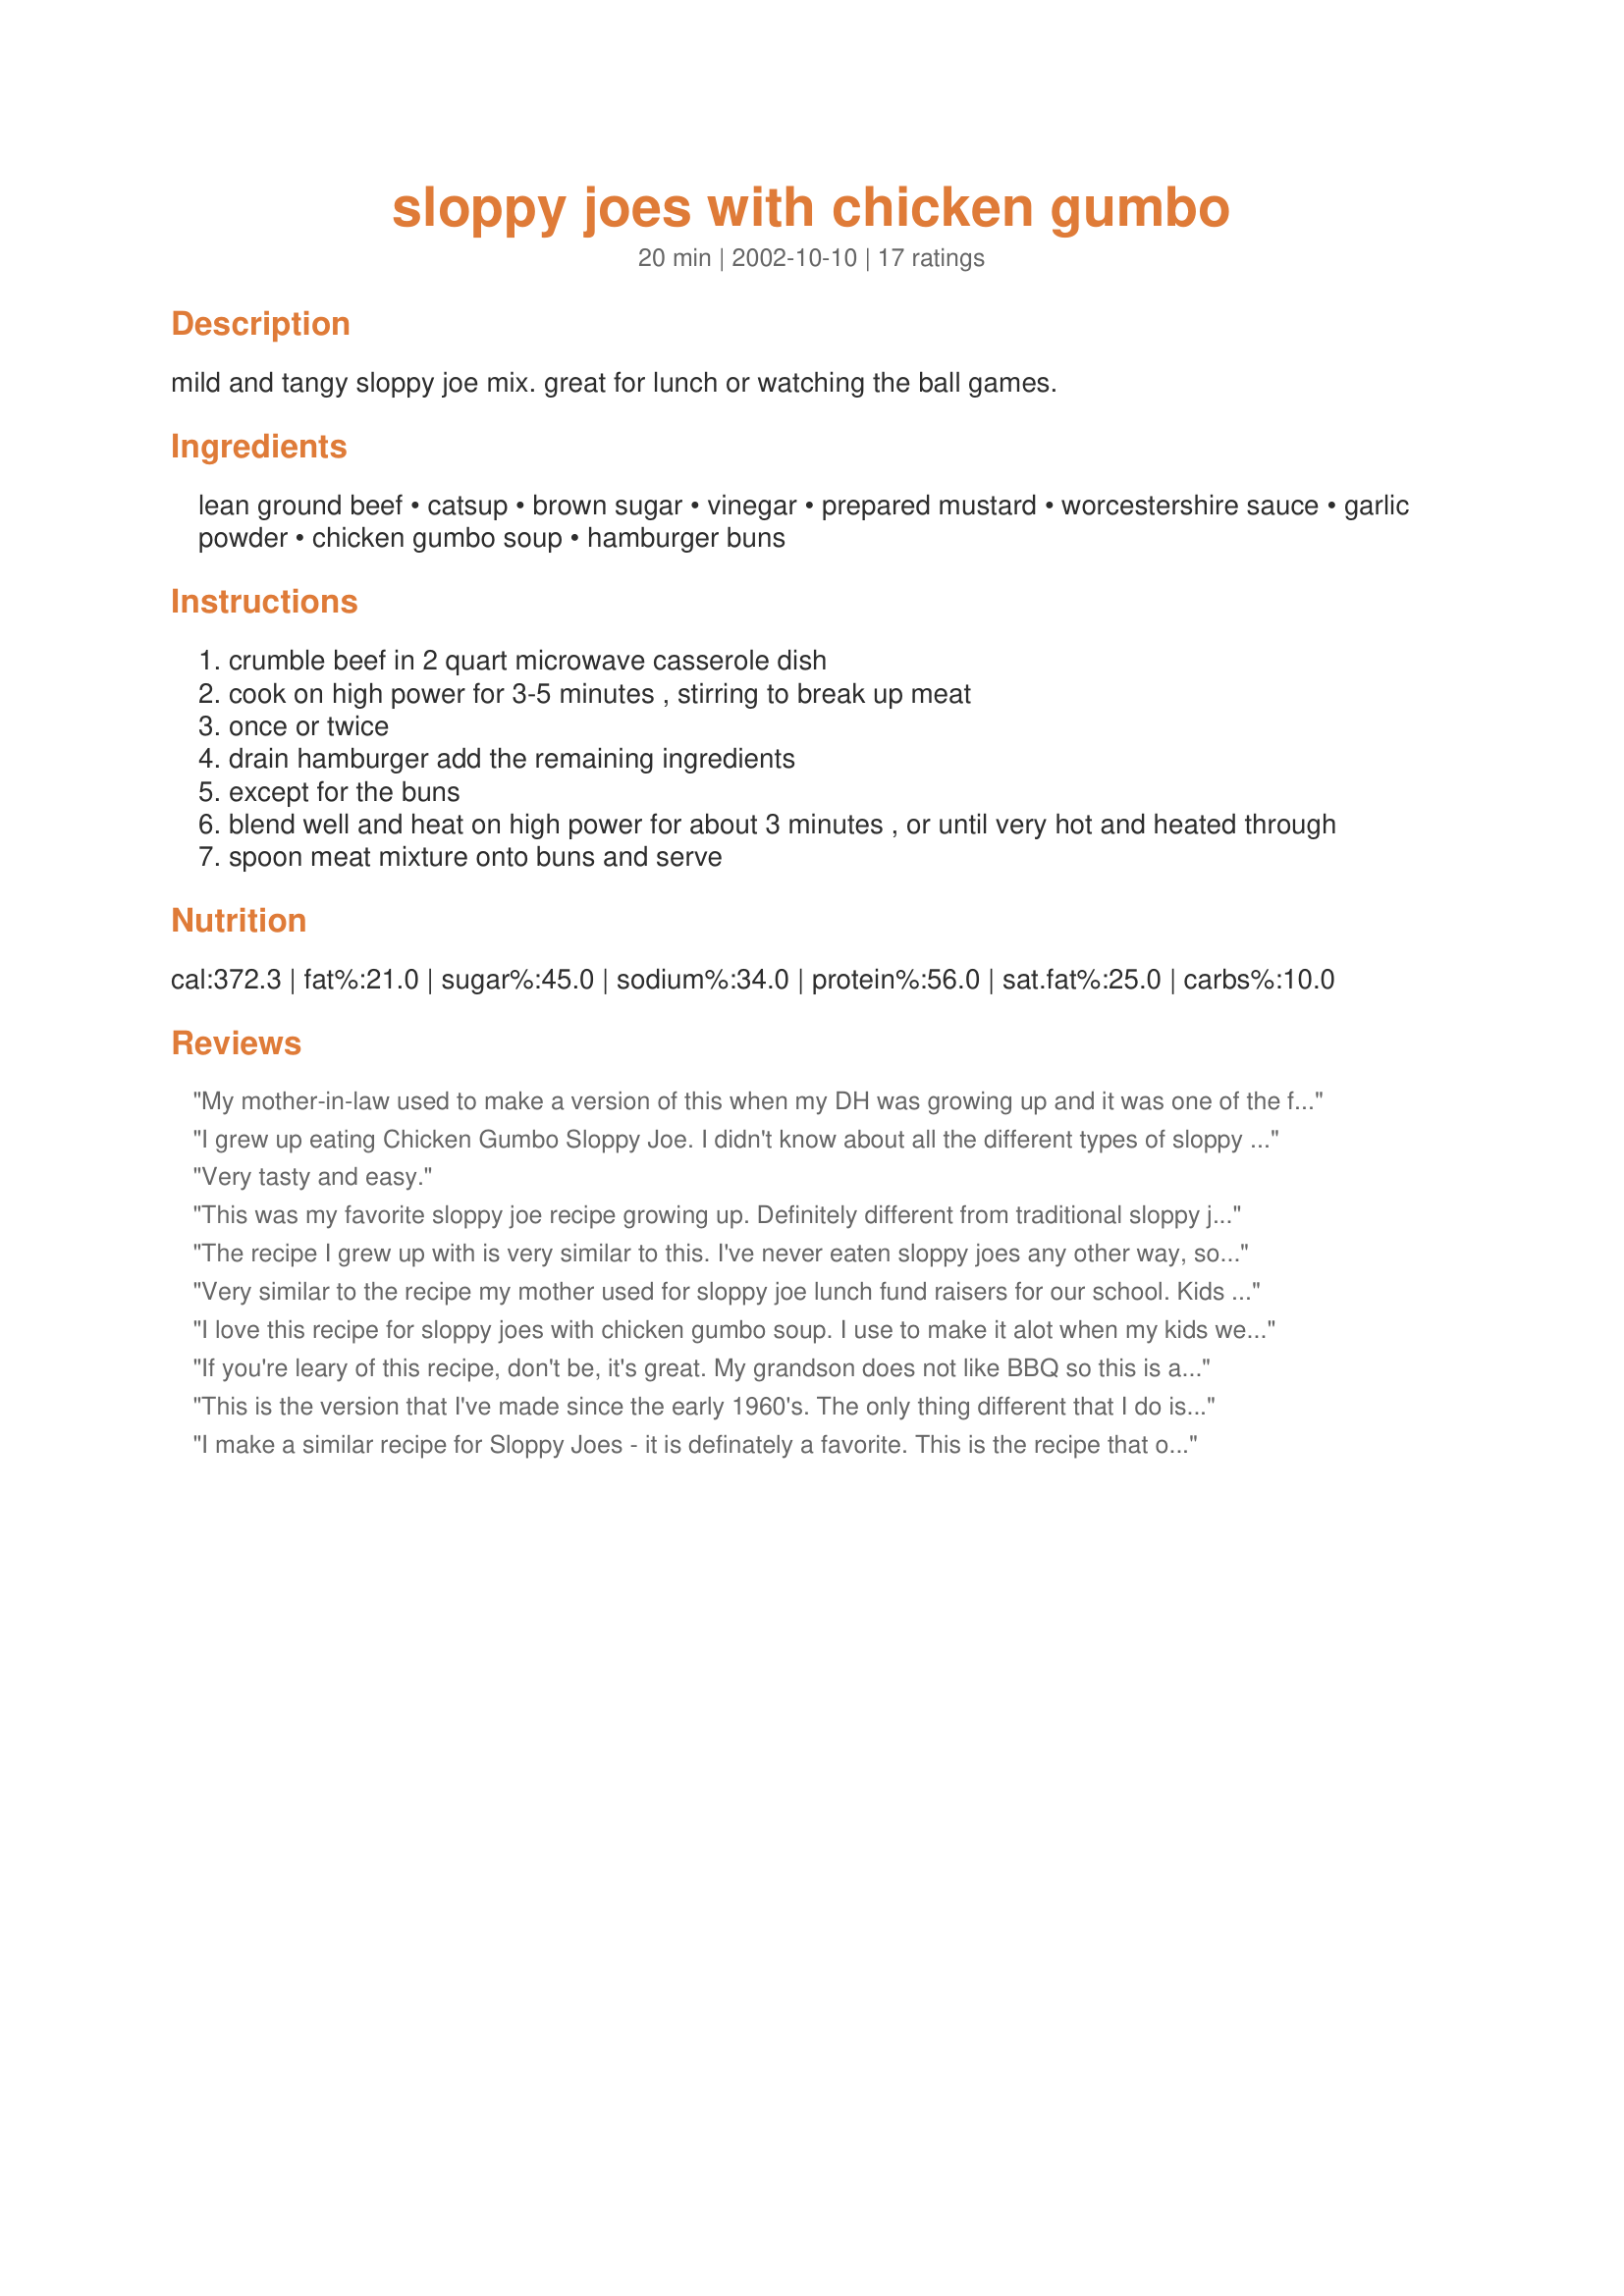
sloppy joes with chicken gumbo
Preparation time: 20 minutes

mild and tangy sloppy joe mix. great for lunch or watching the ball games.

Ingredients:
lean ground beef, catsup, brown sugar, vinegar, prepared mustard, worcestershire sauce, garlic powder, chicken gumbo soup, hamburger buns

Steps:
crumble beef in 2 quart microwave casserole dish
cook on high power for 3-5 minutes , stirring to break up meat
once or twice
drain hamburger add the remaining ingredients
except for the buns
blend well and heat on high power for about 3 minutes , or until very hot and heated through
spoon meat mixture onto buns and serve

Reviews:
My mother-in-law used to make a version of this when my DH was growing up and it was one of the few dishes he liked (she wasn't much of a cook). Anyways, when he asked her for the recipe, she couldn't find it and just went off memory. Hers only had mustard, ketchup, Chicken Gumbo and Worcestershire. It was different every time we made it (she couldn't remember the measurements) and always tasted like it was missing something. I am so glad I found this recipe. I cooked this on the stove instead of the microwave and let it simmer until it thickened up - about 5 min. Very tasty, easy to make and simple ingredients. Thanks for sharing this!!
I grew up eating Chicken Gumbo Sloppy Joe. I didn't know about all the different types of sloppy joe until I was out of the house. I can't eat the others because they are disgusting. I always brown my onions, add minced garlic, a bullion cube, and a bell pepper. Love it!
Very tasty and easy.
This was my favorite sloppy joe recipe growing up. Definitely different from traditional sloppy joes and my picky eater will eat this.
The recipe I grew up with is very similar to this. I've never eaten sloppy joes any other way, so not sure how they compare to others. I don't use vinegar, brown sugar or worcestershire sauce and I've never had a complaint. I use two cans of chicken gumbo and add ketchup to taste. I can't imagine sloppy joes without chicken gumbo soup.
Very similar to the recipe my mother used for sloppy joe lunch fund raisers for our school. Kids can&#039;t get enough!
I love this recipe for sloppy joes with chicken gumbo soup. I use to make it alot when my kids were small. They really liked it. I think I got the recipe off of a can of the soup a way back when. I need to made it again soon.
If you're leary of this recipe, don't be, it's great. My grandson does not like BBQ so this is a great sloppy joe substitute. I call it "Loose Meat" sandwiches.
This is the version that I've made since the early 1960's. The only thing different that I do is brown a finely chopped large onion with the ground beef. I was totally surprised the first time that I made it because you can't even tell the soup is in the finished dish. Great recipe!
I make a similar recipe for Sloppy Joes - it is definately a favorite. This is the recipe that our church makes for sales and there are never left-overs! The only differences are in the spices, I substitute lemon juice for the vinegar, add 1 T cornstarch, 2 T brown sugar and 1 t celery salt, omitting the garlic powder.
I loved this recipe and so did my entire family! Yummy!
These were delicious and very easy to make. I make them in a skillet on top of the stove instead of microwaving. I just browned the meat and then added the rest of the ingredients and heated it until it was simmering. Thanks for the recipe!
Really tasty and tangy and an easy recipe to make. I used ground turkey instead of ground beef and it turned out delicious!
My mom made this for my 9th and final birthday party. It was a big hit. This Friday is my 59th birthday. No party, but I will make these chicken gumbo sloppy joes. I'll report back.
I grew up on this recipe. We made it regularly for church get togethers. It's the only joe's I'll eat (I don't like BBQ taste in burger). I also cook on the stove and always add onion to the browning beef.
Great variation on a sloppy joes. My family enjoys these for a quick afternoon meal with beans & weenies. Thank-you
MY FIL makes these and they are fantastic! Very authentic mid-west sloppy joe He is from MInnesota and we always have these at family re-unions they can be made ahead and kept warm in the crockpot. Thanks!
